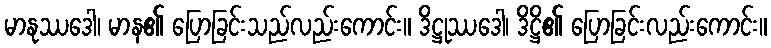
မာနုဿဒေါ၊ မာန၏ ပြောခြင်းသည်လည်းကောင်း။ ဒိဋ္ဌုဿဒေါ၊ ဒိဋ္ဌိ၏ ပြောခြင်းလည်းကောင်း။